Annual statistical returns and brief notes on vaccination in Bengal - 1896-1909
Year: 1896
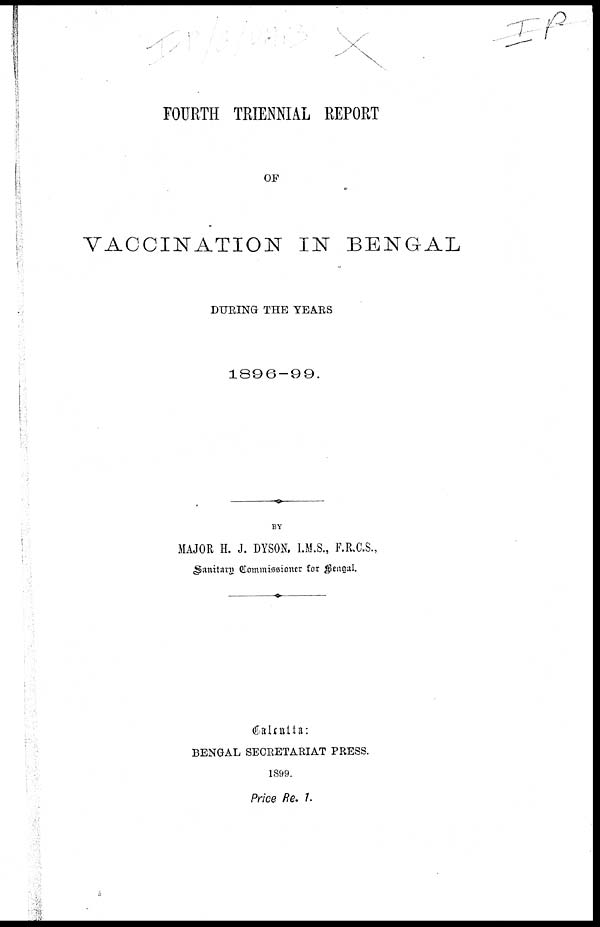
FOURTH TRIENNIAL REPORT
OF
VACCINATION IN BENGAL
DURING THE YEARS
1896-99.
BY
MAJOR H. J. DYSON, I.M.S., F.R.C.S.,
Sanitary Commissioner for Bengal.
Calcutta:
BENGAL SECRETARIAT PRESS.
1899.
Price Re. 1.